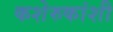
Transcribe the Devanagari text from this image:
कशेरुकांशी